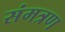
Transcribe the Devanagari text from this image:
संमत्रण